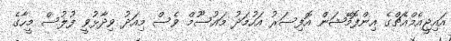
އައިޖީއެމްއެޗްގެ އިންފޮމޭޝަން އޮފިސަރު އަހުމަދު މައުސޫމް ވެސް މިއަދު ވިދާޅުވީ ފުލުސް މީހާގެ